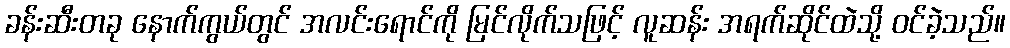
ခန်းဆီးတခု နောက်ကွယ်တွင် အလင်းရောင်ကို မြင်လိုက်သဖြင့် လူဆန်း အရက်ဆိုင်ထဲသို့ ဝင်ခဲ့သည်။